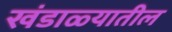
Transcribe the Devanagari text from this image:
खंडाळ्यातील